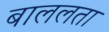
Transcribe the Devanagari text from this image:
बाललता